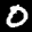
Label: 0